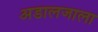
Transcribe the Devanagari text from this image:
अडालजाला